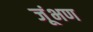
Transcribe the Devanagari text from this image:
जूंभण